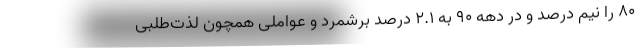
۸۰ را نیم درصد و در دهه ۹۰ به ۲.۱ درصد برشمرد و عواملی همچون لذت‌طلبی